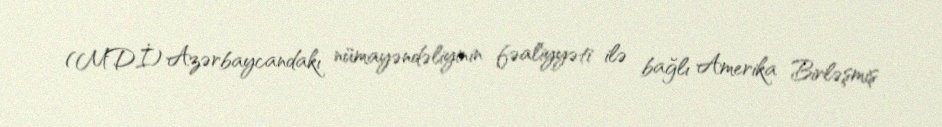
(MDİ) Azərbaycandakı nümayəndəliyinin fəaliyyəti ilə bağlı Amerika Birləşmiş